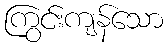
ကြွင်းကျန်သော